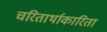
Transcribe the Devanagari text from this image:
चरितार्थाकारिता